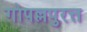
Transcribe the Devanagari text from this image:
गोपल्लपुरत्त